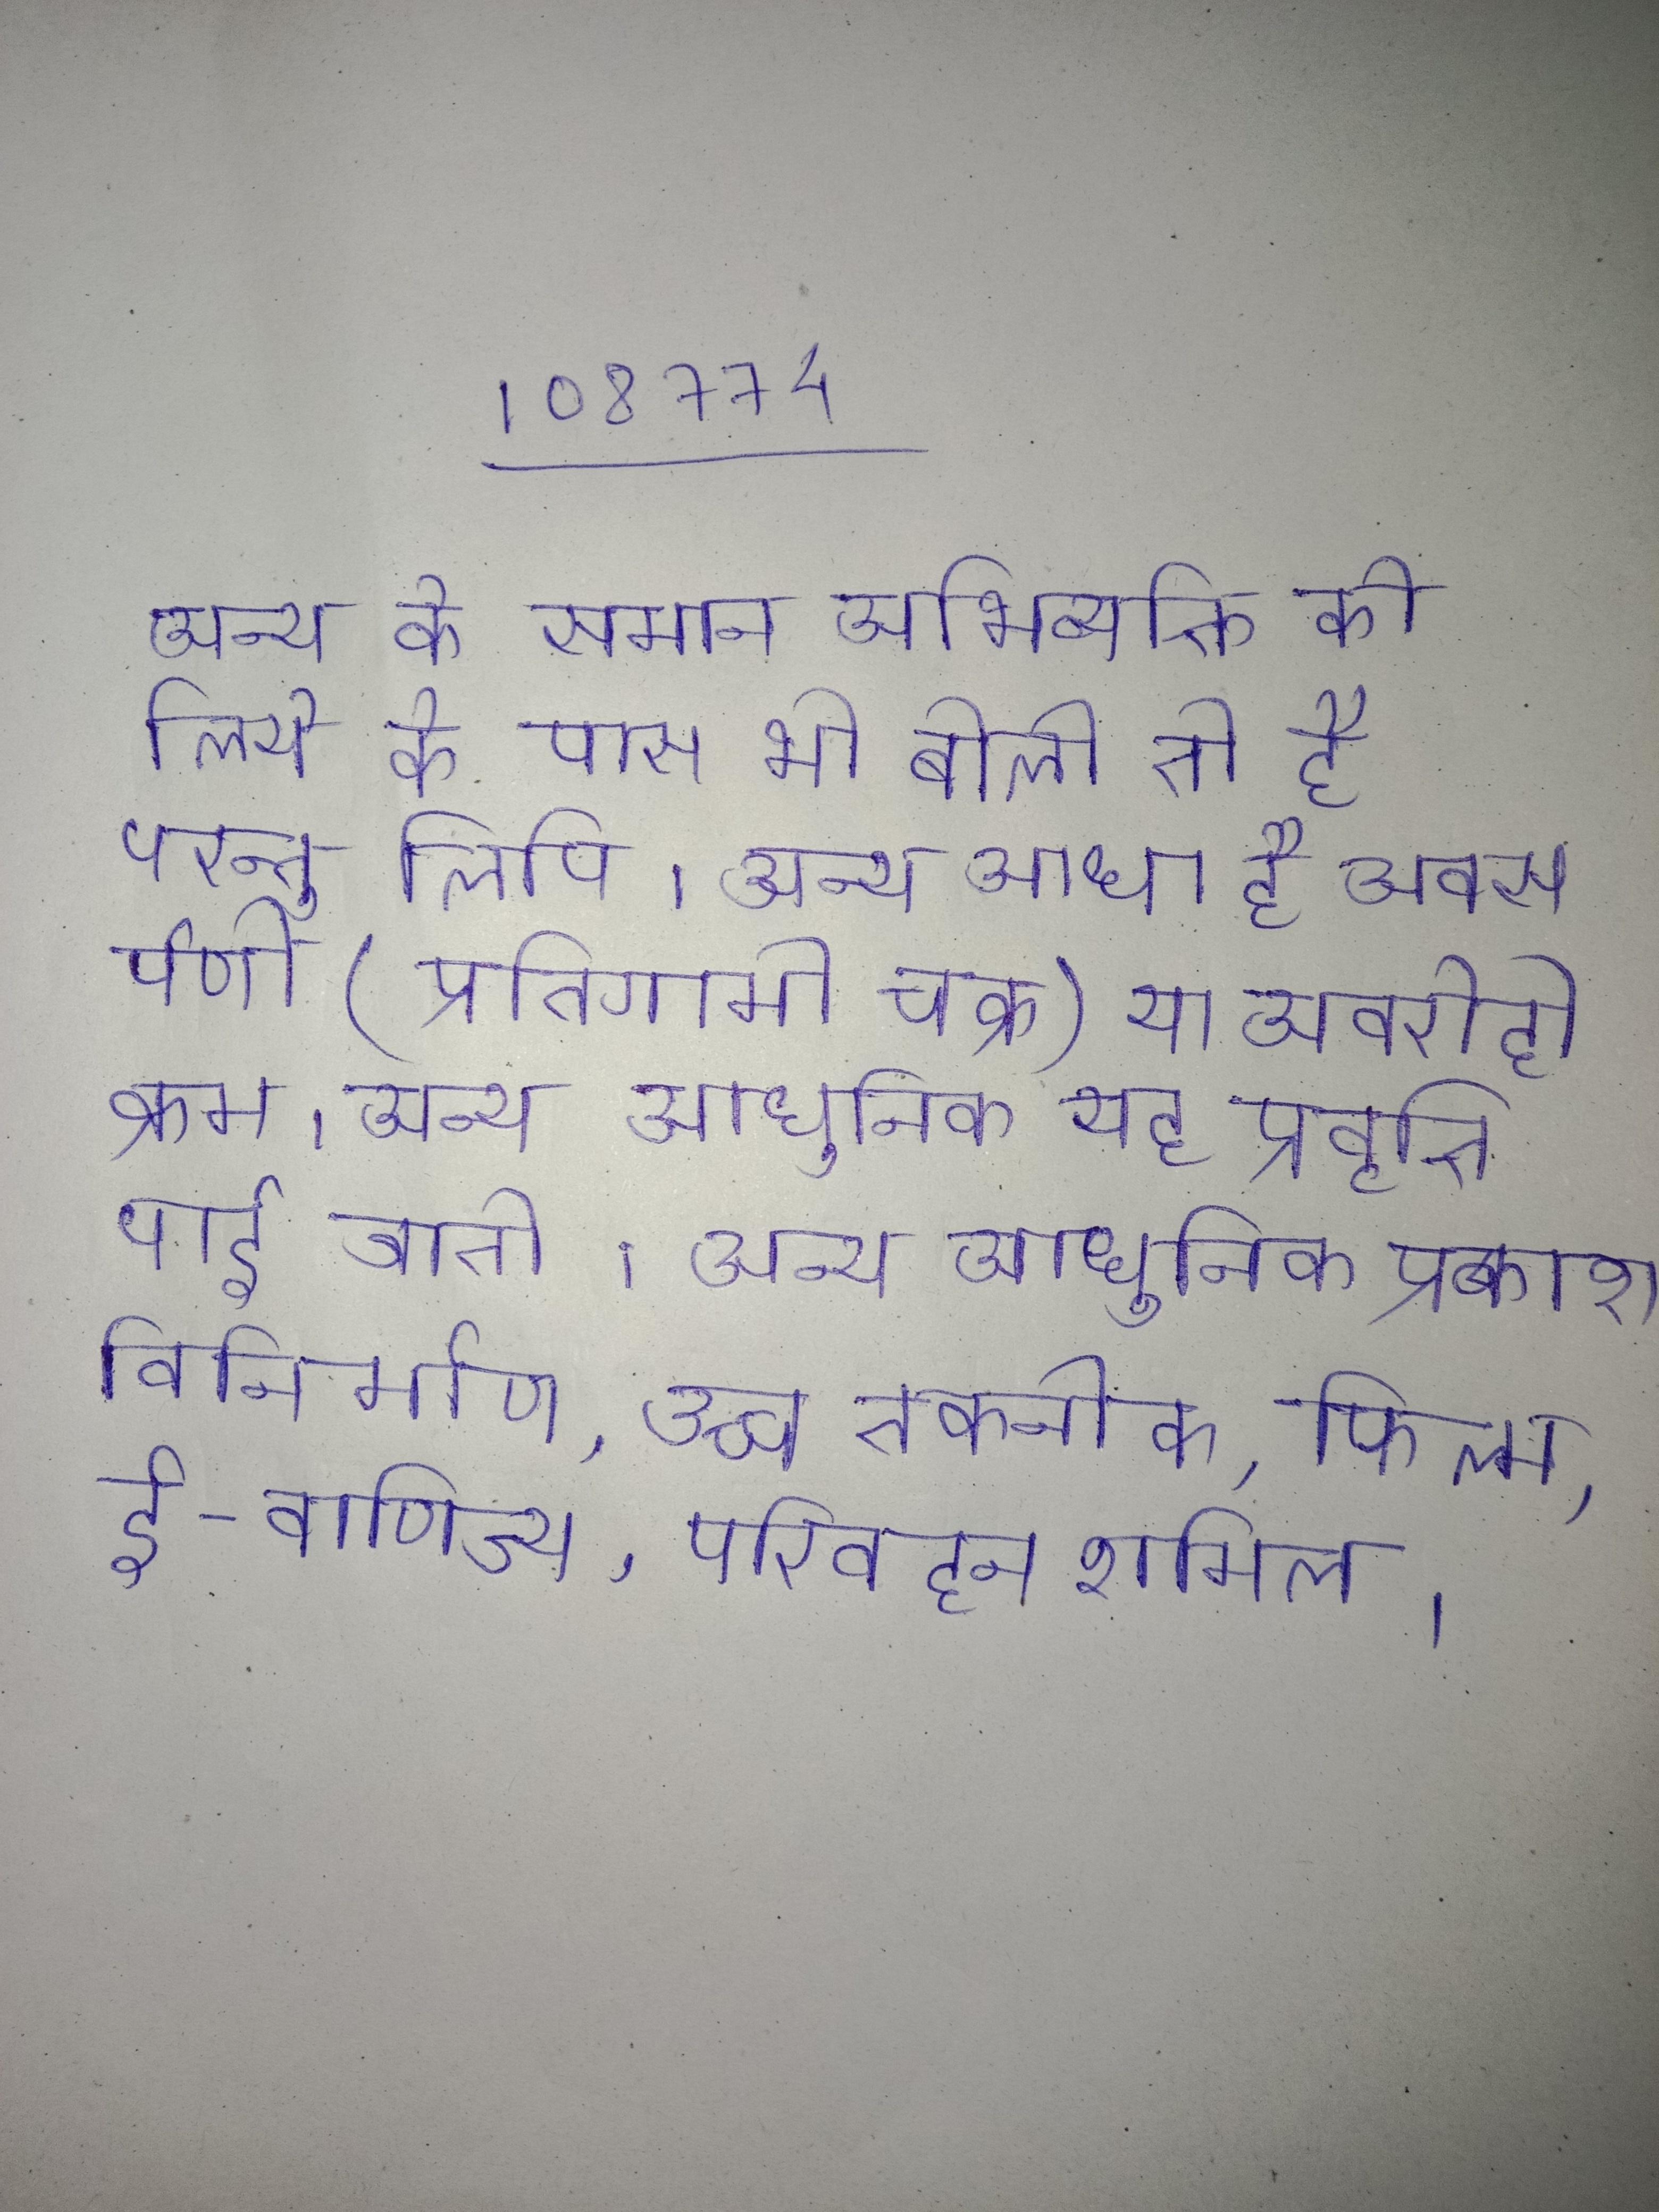
अन्य के समान अभिव्यक्ति के लिये के पास भी बोली तो है परन्तु लिपि । अन्य आधा है अवसर्पणी (प्रतिगामी चक्र) या अवरोही क्रम । अन्य आधुनिक यह प्रवृत्ति पाई जाती । अन्य आधुनिक प्रकाश विनिर्माण, उच्च तकनीक, फिल्म, ई-वाणिज्य, परिवहन शामिल ।